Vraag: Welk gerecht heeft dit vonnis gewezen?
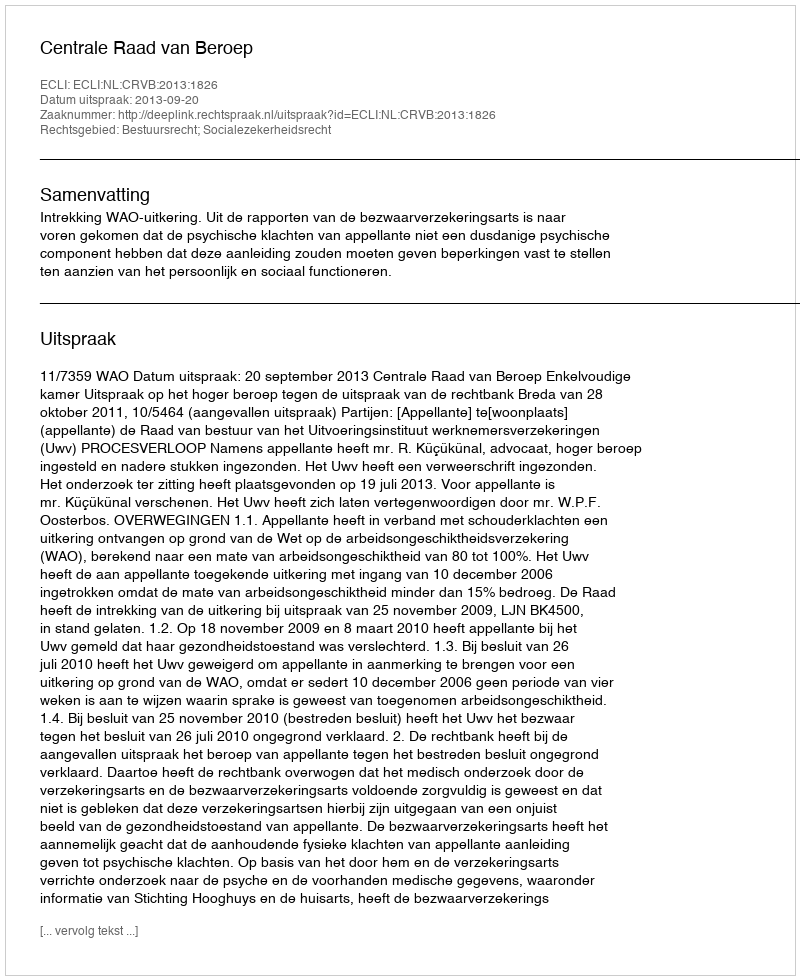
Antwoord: Centrale Raad van Beroep